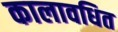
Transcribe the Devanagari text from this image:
कालावधित